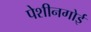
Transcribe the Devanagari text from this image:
पेशीनगोई